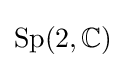
\operatorname {Sp} (2,\mathbb {C} )